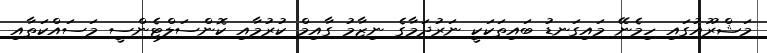
މަޝްރޫއުގައި ހިމެނޭ މައިގަނޑު ބައިތަކަކީ ނަރުދަމާގެ ނިޒާމު ގާއިމް ކުރުމާއި ކޮންސަލްޓެންސީ މަސައްކަތާއި